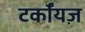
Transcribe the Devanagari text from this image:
टर्कॉयज़